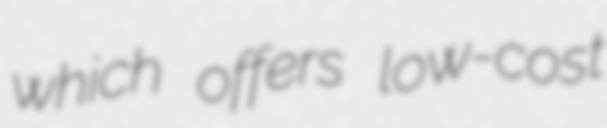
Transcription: which offers low-cost